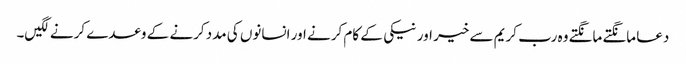
دعا مانگتے مانگتے وہ رب کریم سے خیر اور نیکی کے کام کرنے اور انسانوں کی مدد کرنے کے وعدے کرنے لگیں۔